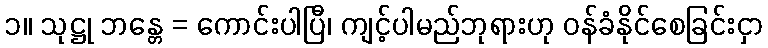
၁။ သုဋ္ဌု ဘန္တေ = ကောင်းပါပြီ၊ ကျင့်ပါမည်ဘုရားဟု ဝန်ခံနိုင်စေခြင်းငှာ